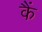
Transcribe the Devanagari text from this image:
कैं